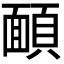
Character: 𩔁